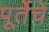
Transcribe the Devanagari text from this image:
पूर्तेचे